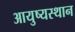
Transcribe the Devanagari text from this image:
आयुष्यस्थान